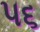
૫૬